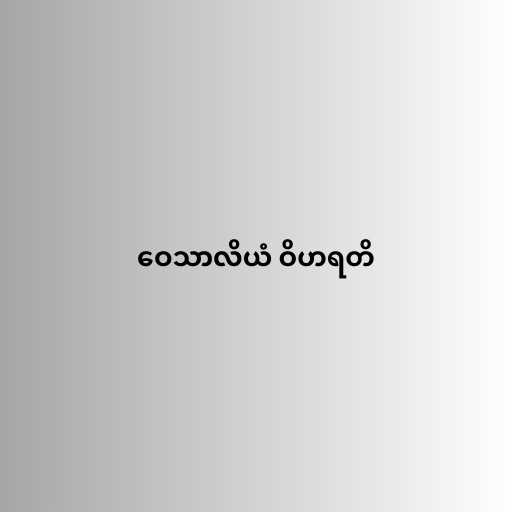
ဝေသာလိယံ ဝိဟရတိ